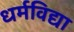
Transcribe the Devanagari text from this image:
धर्मविद्या